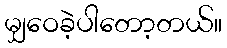
မျှဝေခဲ့ပါတော့တယ်။